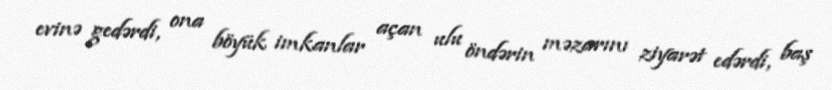
evinə gedərdi, ona böyük imkanlar açan ulu öndərin məzarını ziyarət edərdi, baş